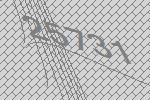
25731